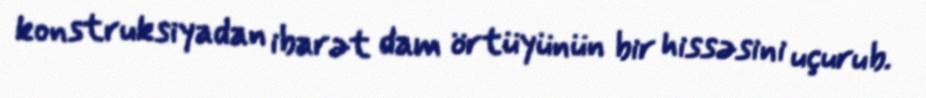
konstruksiyadan ibarət dam örtüyünün bir hissəsini uçurub.